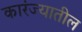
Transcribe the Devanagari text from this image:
कारंज्यातील